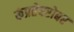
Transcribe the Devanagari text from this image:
कंप्रतेबरोबर